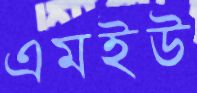
এমইউ